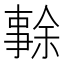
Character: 𠄜